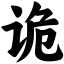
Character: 诡